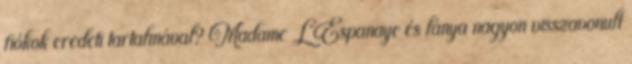
fiókok eredeti tartalmával? Madame L'Espanaye és lánya nagyon visszavonult